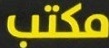
مكتب